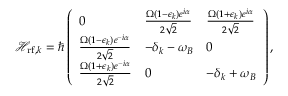
\mathcal { H } _ { \mathrm { r f } , k } = \hbar \left( \begin{array} { l l l } { 0 } & { \frac { \Omega ( 1 - \epsilon _ { k } ) e ^ { i \alpha } } { 2 \sqrt { 2 } } } & { \frac { \Omega ( 1 + \epsilon _ { k } ) e ^ { i \alpha } } { 2 \sqrt { 2 } } } \\ { \frac { \Omega ( 1 - \epsilon _ { k } ) e ^ { - i \alpha } } { 2 \sqrt { 2 } } } & { - \delta _ { k } - \omega _ { B } } & { 0 } \\ { \frac { \Omega ( 1 + \epsilon _ { k } ) e ^ { - i \alpha } } { 2 \sqrt { 2 } } } & { 0 } & { - \delta _ { k } + \omega _ { B } } \end{array} \right) ,